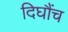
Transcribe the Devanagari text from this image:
दिघौंच